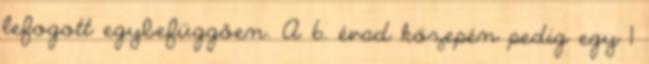
lefogott egybefüggően. A 6. évad közepén pedig egy 1